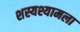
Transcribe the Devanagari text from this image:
शस्यश्यामला